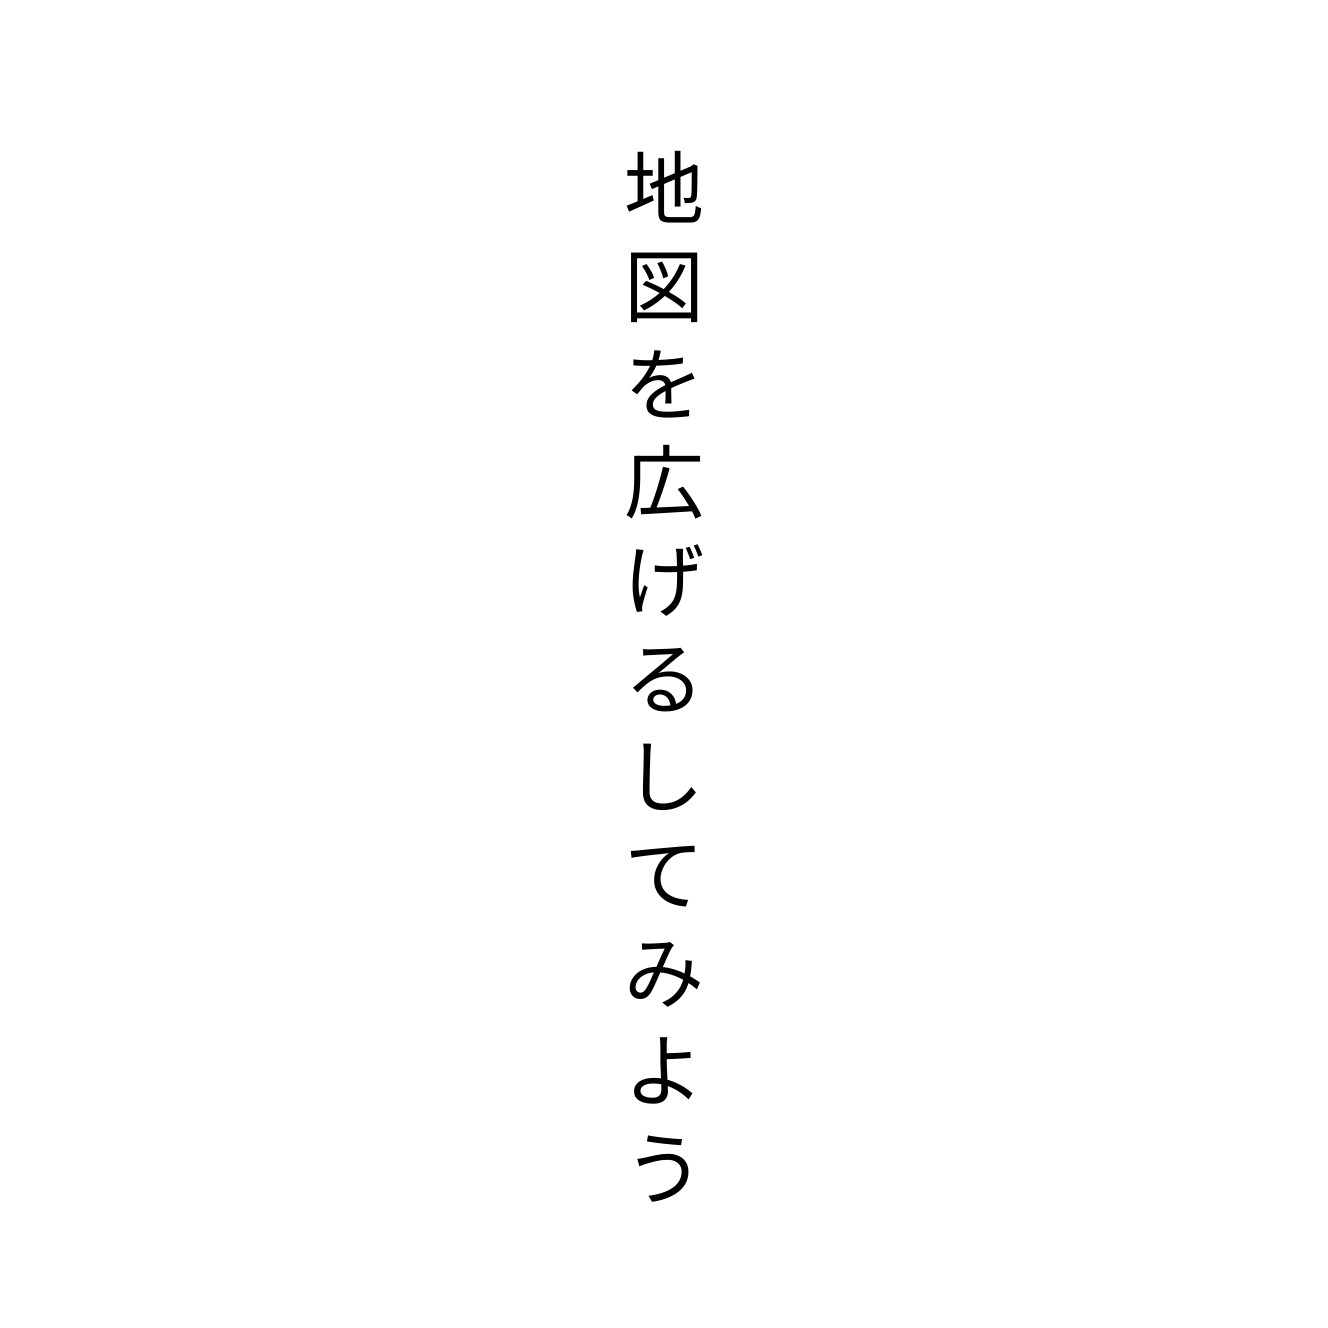
地図を広げるしてみよう